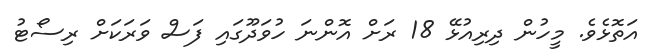
އަތޮޅެވެ. މީހުން ދިރިއުޅޭ 18 ރަށް އޮންނަ ހުވަދޫގައި ފަސް ވަރަކަށް ރިސޯޓު